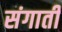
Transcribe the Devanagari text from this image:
संगाती